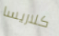
كلاريسا